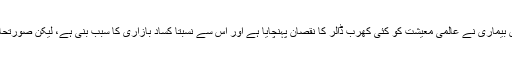
انہوں نے مزید کہا کہ اب تک اس بیماری نے عالمی معیشت کو کئی کھرب ڈالر کا نقصان پہنچایا ہے اور اس سے نسبتا کساد بازاری کا سبب بنی ہے، لیکن صورتحال اب بھی خراب تر ہوسکتی ہے۔